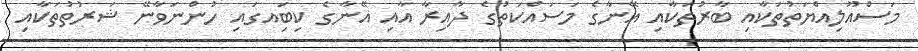
މަސްއޫލިއްޔަތުތަކާއި ބާރުތަކާއި އޭނާގެ މަސައްކަތުގެ ދާއިރާ އާއި އޭނާގެ ކިބަިއގައި ހުންނަވާނޭ ޝަރުތުތަކާއި